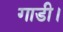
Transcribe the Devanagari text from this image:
गाडी।